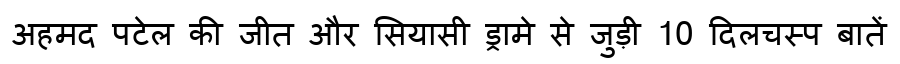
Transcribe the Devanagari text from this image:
अहमद पटेल की जीत और सियासी ड्रामे से जुड़ी 10 दिलचस्प बातें